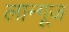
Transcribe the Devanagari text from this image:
लान्गूज